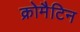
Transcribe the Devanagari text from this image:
क्रोमैटिन